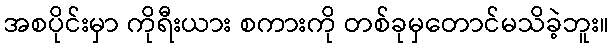
အစပိုင်းမှာ ကိုရီးယား စကားကို တစ်ခုမှတောင်မသိခဲ့ဘူး။